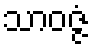
သာဝဇ္ဇံ